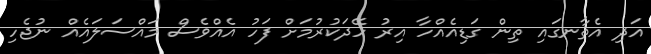
އަދި އެތާނގައި ތިން ގަޑިއެއްހާ އިރު ހޭދަކުރުމަށް ފަހު އެއްވެސް މައްސަލައެއް ނުޖެހި